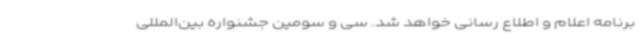
برنامه اعلام و اطلاع رسانی خواهد شد. سی و سومین جشنواره بین‌المللی